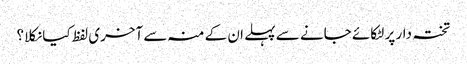
تختہ دار پر لٹکائے جانے سے پہلے ان کے منہ سے آخری لفظ کیا نکلا؟